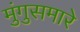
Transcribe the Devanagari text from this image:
मुंगुसमारे